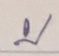
บน